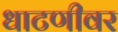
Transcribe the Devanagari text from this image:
धाटणीवर